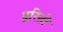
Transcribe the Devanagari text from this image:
इरिती